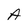
Character: A